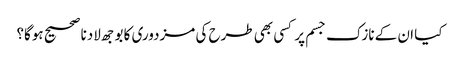
کیا ان کے نازک جسم پر کسی بھی طرح کی مزدوری کا بوجھ لادنا صحیح ہوگا؟